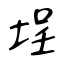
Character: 埕